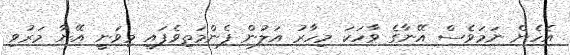
އެހެން ނަމަވެސް އޭނާގެ ވާހަކަ މިހާރު އަލުން ފެންމަތިވެފައި މިވަނީ އޭނާ މަރުވި